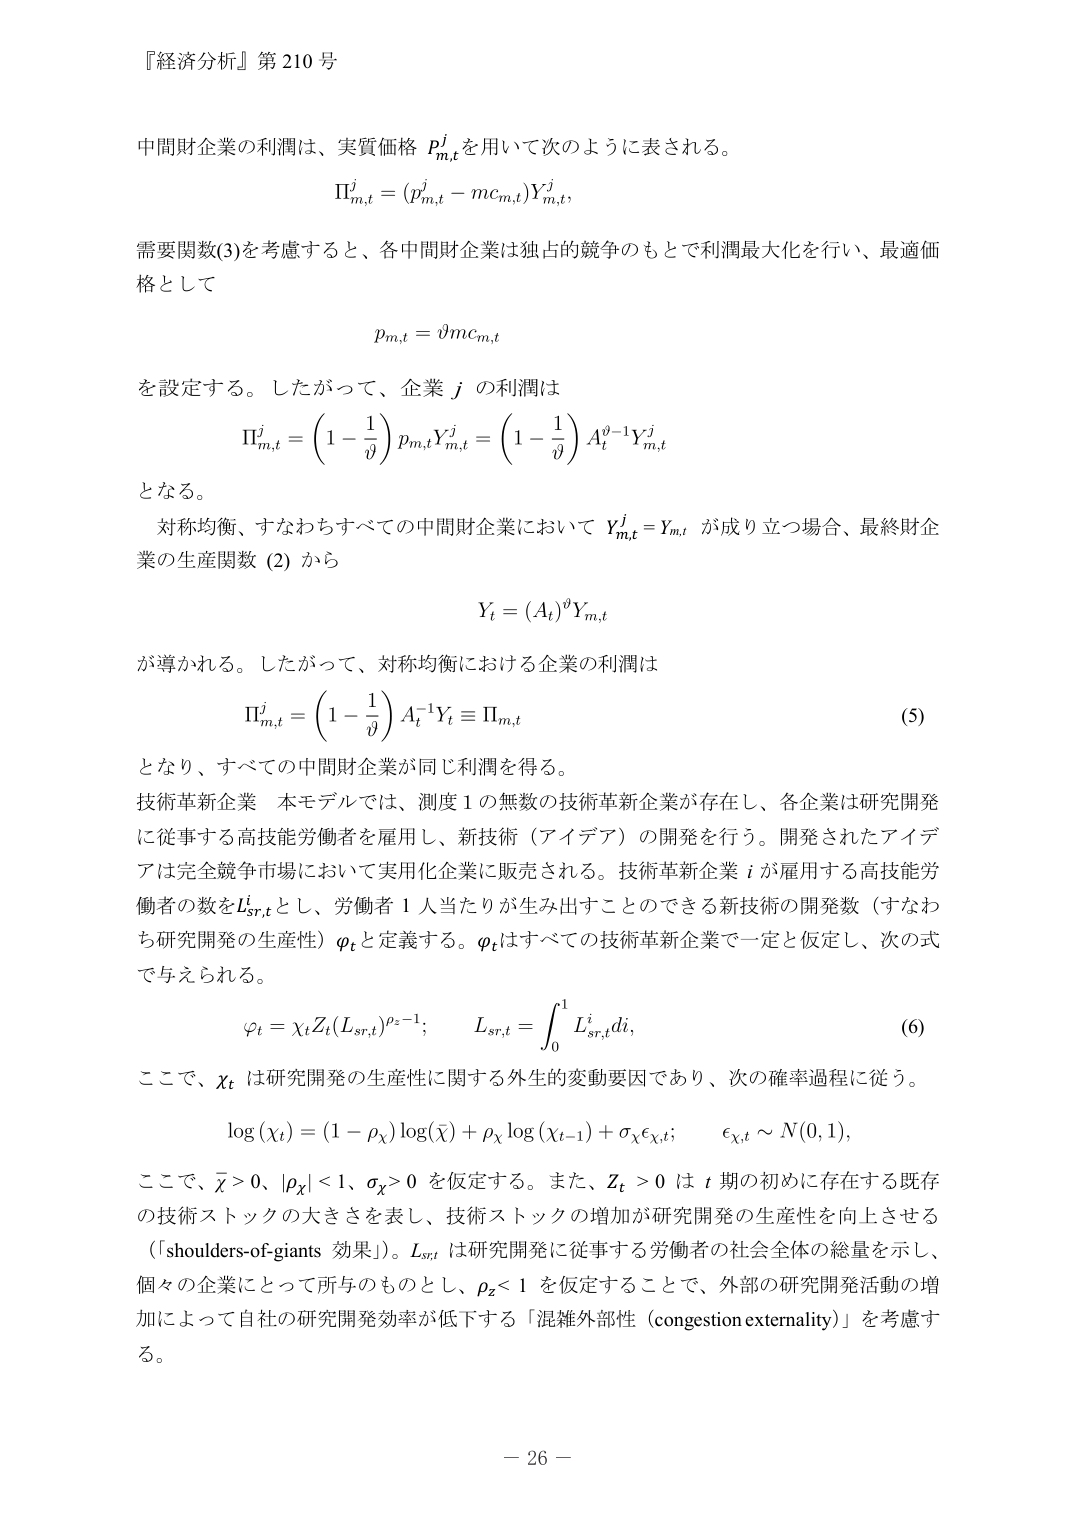
『経済分析』第210号

中間財企業の利潤は、実質価格 $p_{m,t}^j$ を用いて次のように表される。
$$
\Pi_{m,t}^j = (p_{m,t}^j - mc_{m,t})Y_{m,t}^j,
$$
需要関数(3)を考慮すると、各中間財企業は独占的競争のもとで利潤最大化を行い、最適価格として
$$
p_{m,t} = \vartheta mc_{m,t}
$$
を設定する。したがって、企業 $j$ の利潤は
$$
\Pi_{m,t}^j = \left(1 - \frac{1}{\vartheta}\right) p_{m,t} Y_{m,t}^j = \left(1 - \frac{1}{\vartheta}\right) A_t^{\vartheta-1} Y_{m,t}^j
$$
となる。

対称均衡、すなわちすべての中間財企業において $Y_{m,t}^j = Y_{m,t}$ が成り立つ場合、最終財企業の生産関数 (2) から
$$
Y_t = (A_t)^\vartheta Y_{m,t}
$$
が導かれる。したがって、対称均衡における企業の利潤は
$$
\Pi_{m,t}^j = \left(1 - \frac{1}{\vartheta}\right) A_t^{-1} Y_t \equiv \Pi_{m,t} \tag{5}
$$
となり、すべての中間財企業が同じ利潤を得る。

技術革新企業 本モデルでは、測度1の無数の技術革新企業が存在し、各企業は研究開発に従事する高技能労働者を雇用し、新技術（アイデア）の開発を行う。開発されたアイデアは完全競争市場において実用化企業に販売される。技術革新企業 $i$ が雇用する高技能労働者の数を $L_{sr,t}^i$ とし、労働者1人当たりが生み出すことのできる新技術の開発数（すなわち研究開発の生産性）$\varphi_t$ と定義する。$\varphi_t$ はすべての技術革新企業で一定と仮定し、次の式で与えられる。
$$
\varphi_t = \chi_t Z_t (L_{sr,t})^{\rho_z - 1}; \quad L_{sr,t} = \int_0^1 L_{sr,t}^i di, \tag{6}
$$
ここで、$\chi_t$ は研究開発の生産性に関する外生的変動要因であり、次の確率過程に従う。
$$
\log(\chi_t) = (1 - \rho_\chi) \log(\bar{\chi}) + \rho_\chi \log(\chi_{t-1}) + \sigma_\chi \epsilon_{\chi,t}; \quad \epsilon_{\chi,t} \sim N(0,1),
$$
ここで、$\bar{\chi} > 0$、$|\rho_\chi| < 1$、$\sigma_\chi > 0$ を仮定する。また、$Z_t > 0$ は $t$ 期の初めに存在する既存の技術ストックの大きさを表し、技術ストックの増加が研究開発の生産性を向上させる（「shoulders-of-giants 効果」）。$L_{sr,t}$ は研究開発に従事する労働者の社会全体の総量を示し、個々の企業にとって所与のものとし、$\rho_z < 1$ を仮定することで、外部の研究開発活動の増加によって自社の研究開発効率が低下する「混雑外部性（congestion externality）」を考慮する。

－ 26 －